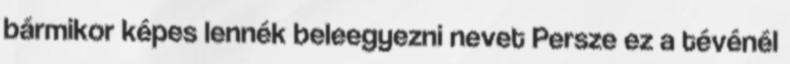
bármikor képes lennék beleegyezni nevet Persze ez a tévénél